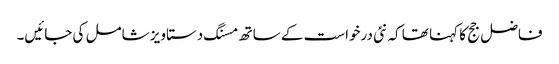
فاضل جج کا کہنا تھا کہ نئی درخواست کے ساتھ مسنگ دستاویز شامل کی جائیں۔